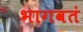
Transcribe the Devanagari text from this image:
भागवतं